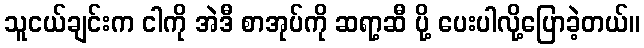
သူငယ်ချင်းက ငါကို အဲဒီ စာအုပ်ကို ဆရာ့ဆီ ပို့ ပေးပါလို့ပြောခဲ့တယ်။